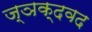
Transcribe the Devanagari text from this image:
ज्ञक्दवद